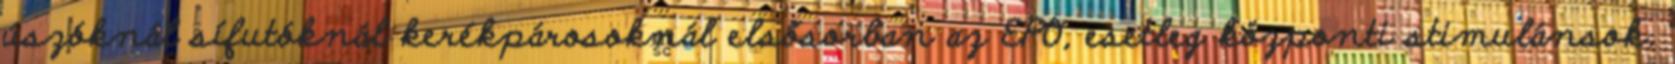
úszóknál sífutóknál kerékpárosoknál elsősorban az EPO, esetleg központi stimulánsok.